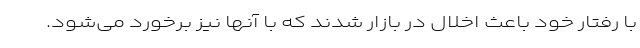
با رفتار خود باعث اخلال در بازار شدند که با آنها نیز برخورد می‌شود.